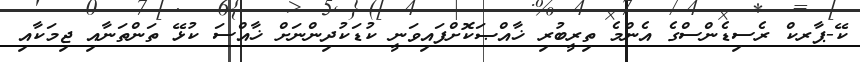
ކޭ-ޕާރކް ރެސިޑެންސްގެ އެންމެ ތިރީބުރި ޚާއްޞަކޮށްފައިވަނީ ކުޑަކުދިންނަށް ޚާއްސަ ކުޅޭ ތަންތަނާއި ޖިމަކާއި